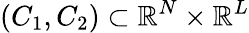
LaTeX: (C_{1},C_{2})\subset\mathbb{R}^{N}\times\mathbb{R}^{L}